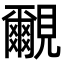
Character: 覼